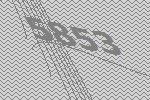
5853